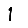
Digit: 1